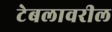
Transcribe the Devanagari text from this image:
टेबलावरील